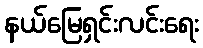
နယ်မြေရှင်းလင်းရေး